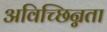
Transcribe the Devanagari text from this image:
अविच्छिन्नता